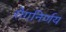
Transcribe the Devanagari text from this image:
रोगनिर्णय